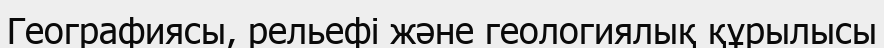
Географиясы, рельефі және геологиялық құрылысы